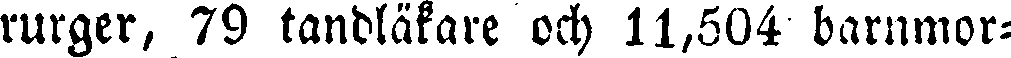
rurger, 79 tandläkare och 11,504 barnmor-